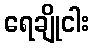
ရေချိုငါး